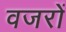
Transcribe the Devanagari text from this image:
वजरों